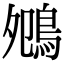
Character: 𪀈